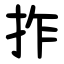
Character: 拃